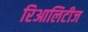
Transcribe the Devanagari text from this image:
रिआलिटीज